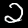
Digit: 2